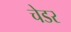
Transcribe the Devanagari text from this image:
चेडर